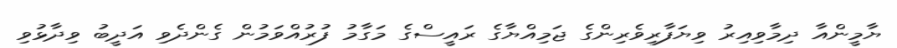
ޔާމީންއާ ދިމާވިއިރު ވިޔަފާރިވެރިންގެ ޖަމިއްޔާގެ ރައީސްގެ މަގާމު ފުރުއްވަމުން ގެންދެވި އަދީބު ވިދާޅުވި